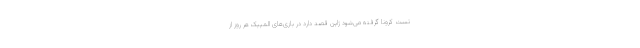
تست کرونا گرفته می‌شود ژاپن قصد دارد در بازی‌های المپیک هر روز از